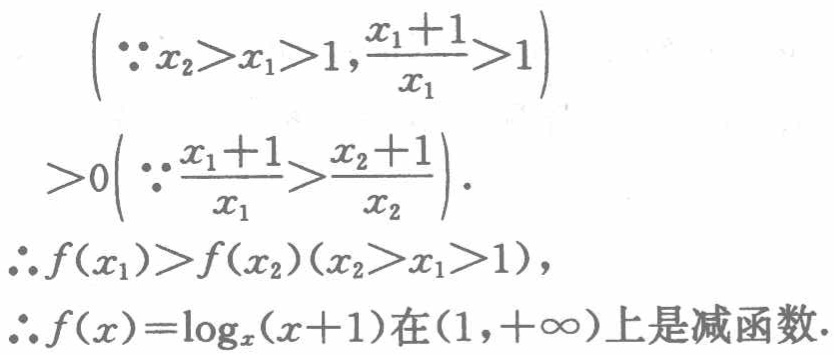
\[\begin{align*}

&\left(\because x_{2}>x_{1}>1,\frac{x_{1} + 1}{x_{1}}>1\right)\\

&>0\left(\because\frac{x_{1}+1}{x_{1}}>\frac{x_{2}+1}{x_{2}}\right).\\

\therefore&f(x_{1})>f(x_{2})(x_{2}>x_{1}>1),\\

\therefore&f(x)=\log_{x}(x + 1)\text{在}(1,+\infty)\text{上是减函数}.

\end{align*}\]